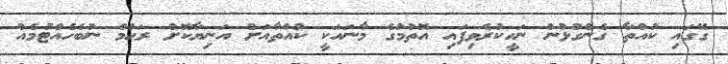
ގޭގައި ކުއްތާ ގެންގުޅުން ނަހީކުރެވިފައި އޮތުމުގެ މާނައަކީ ކުއްތާއަށް އަނިޔާކޮށް ރަޙުމް ނުބެހެއްޓުމެއް